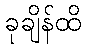
ခုချိန်ထိ